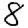
Digit: 8